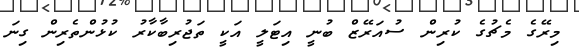
މިރޭގެ މެޗުގެ ކުރިން ސުއަރޭޒް ބުނީ އިޓަލީ އަކީ ތަޖުރިބާކާރު ކުޅުންތެރިން ގިނަ